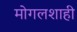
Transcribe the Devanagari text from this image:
मोगलशाही